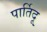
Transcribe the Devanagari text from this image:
पार्तिदू